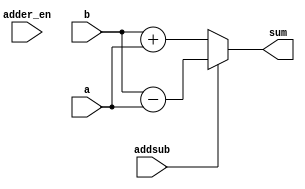
//////////////////////////////////////////////////////////////////////////////////
// Company: Zagazig University
// 
// Design Name: MSDAP
// Module Name: adder    
// Project Name: 
// Target Devices: 
// Tool versions: 
// Description: 
//
// Dependencies: 
//
// Revision: 
// Revision 0.01 - File Created
// Additional Comments: 
//
////////////////////////////////////////////////////////////////////////////////
module adder(
	input wire [39:0] a,
        input wire [39:0] b,
        input wire addsub,
	input wire adder_en,
        output wire [39:0] sum );


assign sum = (addsub == 1'b1) ? (b - a) :  (addsub == 1'b0) ? (b + a) : sum ;	

endmodule